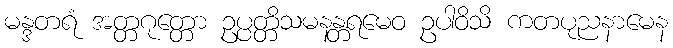
မန္ဒတရံ အတ္တဂုတ္တော ဥပ္ပတ္တိသမနန္တရမေဝ ဥပါဝိသိ ကတပုညနာမေန